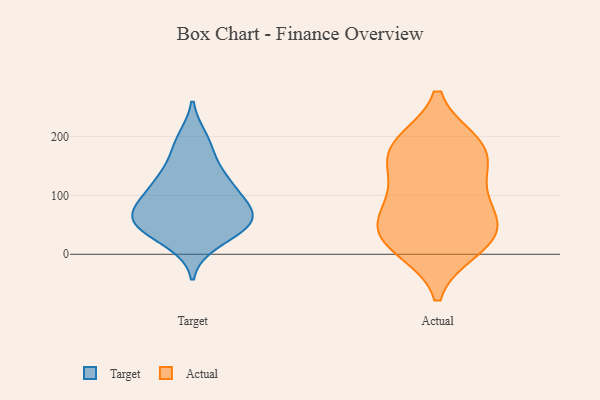
{"axis": {"x": "Demand Index", "y": "Value"}, "legend": ["Actual", "Target"], "data": [{"x": "", "y": 195, "type": "Target"}, {"x": "", "y": 107, "type": "Target"}, {"x": "", "y": 49, "type": "Target"}, {"x": "", "y": 37, "type": "Target"}, {"x": "", "y": 183, "type": "Target"}, {"x": "", "y": 112, "type": "Target"}, {"x": "", "y": 134, "type": "Target"}, {"x": "", "y": 136, "type": "Target"}, {"x": "", "y": 91, "type": "Target"}, {"x": "", "y": 72, "type": "Target"}, {"x": "", "y": 53, "type": "Target"}, {"x": "", "y": 64, "type": "Target"}, {"x": "", "y": 21, "type": "Target"}, {"x": "", "y": 61, "type": "Target"}, {"x": "", "y": 62, "type": "Target"}, {"x": "", "y": 22, "type": "Actual"}, {"x": "", "y": 67, "type": "Actual"}, {"x": "", "y": 49, "type": "Actual"}, {"x": "", "y": 177, "type": "Actual"}, {"x": "", "y": 124, "type": "Actual"}, {"x": "", "y": 23, "type": "Actual"}, {"x": "", "y": 55, "type": "Actual"}, {"x": "", "y": 188, "type": "Actual"}, {"x": "", "y": 106, "type": "Actual"}, {"x": "", "y": 10, "type": "Actual"}, {"x": "", "y": 169, "type": "Actual"}, {"x": "", "y": 183, "type": "Actual"}]}